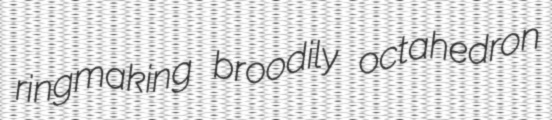
ringmaking broodily octahedron